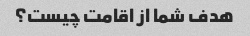
هدف شما از اقامت چیست؟